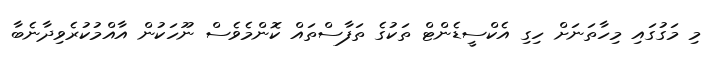
މި މަގުގައި މިހާތަނަށް ހިގި އެކްސީޑެންޓް ތަކުގެ ތަފާސްތައް ކޮންމެވެސް ނޫހަކުން އާއްމުކުރެވިދާނެބާ